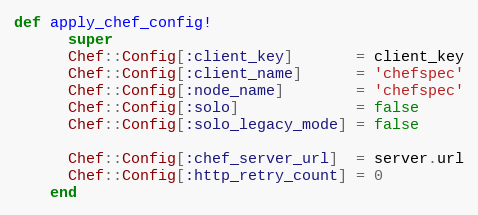
Language: Ruby
def apply_chef_config!
      super
      Chef::Config[:client_key]       = client_key
      Chef::Config[:client_name]      = 'chefspec'
      Chef::Config[:node_name]        = 'chefspec'
      Chef::Config[:solo]             = false
      Chef::Config[:solo_legacy_mode] = false

      Chef::Config[:chef_server_url]  = server.url
      Chef::Config[:http_retry_count] = 0
    end